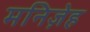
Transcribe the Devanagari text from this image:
मनिज़ेह